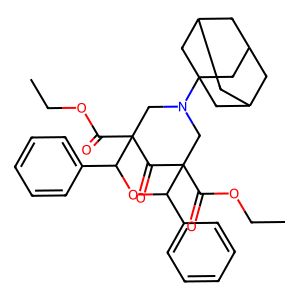
SMILES: CCOC(=O)C12CN(C34CC5CC(CC(C5)C3)C4)CC(C(=O)OCC)(C1=O)C(c1ccccc1)OC2c1ccccc1
Inhibits HIV replication: No